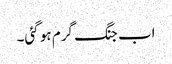
اب جنگ گرم ہو گئی۔